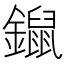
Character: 𨭿